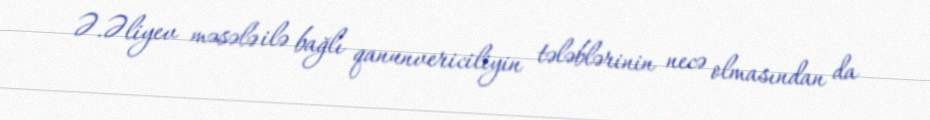
Ə.Əliyev məsələ ilə bağlı qanunvericiliyin tələblərinin necə olmasından da